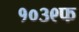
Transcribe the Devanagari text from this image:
१०३९फ